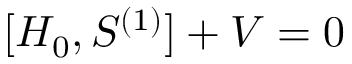
[ H _ { 0 } , S ^ { ( 1 ) } ] + V = 0